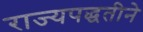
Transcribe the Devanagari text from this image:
राज्यपद्धतीने